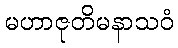
မဟာဇုတိမနာသဝံ